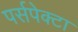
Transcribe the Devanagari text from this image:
पर्सपेक्टा